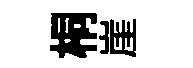
桐崖